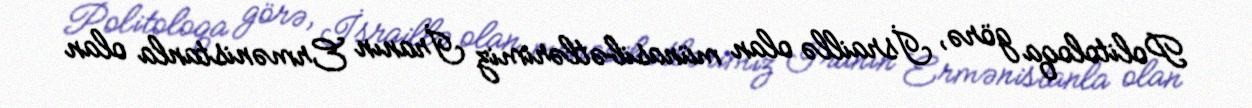
Politoloqa görə, İsraillə olan münasibətlərimiz İranın Ermənistanla olan